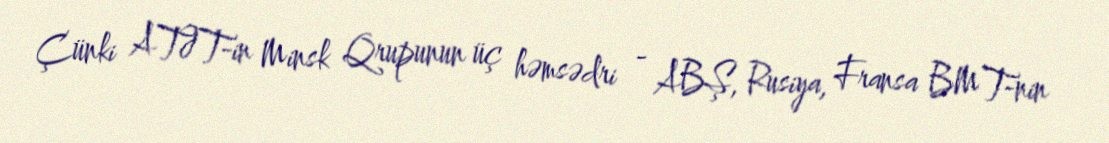
Çünki ATƏT-in Minsk Qrupunun üç həmsədri - ABŞ, Rusiya, Fransa BMT-nin